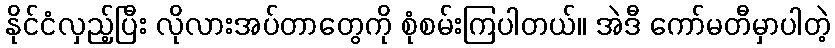
နိုင်ငံလှည့်ပြီး လိုလားအပ်တာတွေကို စုံစမ်းကြပါတယ်။ အဲဒီ ကော်မတီမှာပါတဲ့